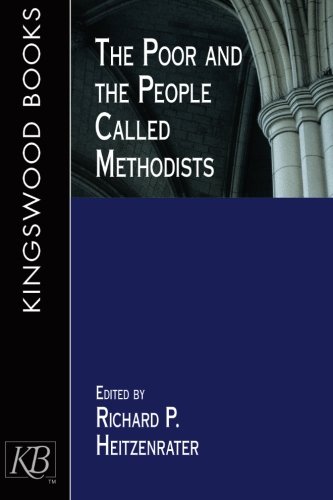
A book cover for The Poor and the People Called Methodists; Richard P. Heitzenrater; Christian Books & Bibles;